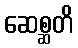
ဆေစ္ဆတိ